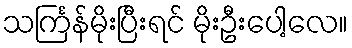
သင်္ကြန်မိုးပြီးရင် မိုးဦးပေါ့လေ။